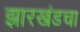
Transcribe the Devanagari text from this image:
झारखंडचा